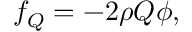
f _ { Q } = - 2 \rho Q \phi ,